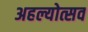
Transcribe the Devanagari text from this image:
अहल्योत्सव